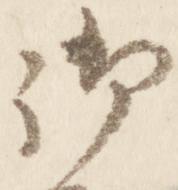
御